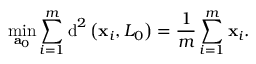
\underset { { \bf { a } } _ { 0 } } { \operatorname* { m i n } } \sum _ { i = 1 } ^ { m } \operatorname { d } ^ { 2 } \left( { \bf { x } } _ { i } , L _ { 0 } \right) = \frac { 1 } { m } \sum _ { i = 1 } ^ { m } { \bf { x } } _ { i } .